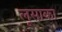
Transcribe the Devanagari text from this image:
लूसाका